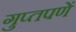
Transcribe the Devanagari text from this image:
गुप्‍तपणें